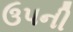
ઉપની